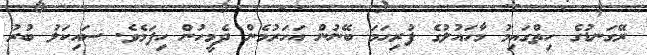
ރޭގަނޑުގެ ހިތްގައިމު މާހައުލުގެ ފުރިހަމަ ބޭނުން އަހަރުމެން ދެމީހުން ހިފަމެވެ. ސައިކަލު ބުރު